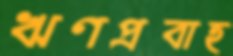
ঋণপ্রবাহ